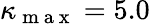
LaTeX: \kappa_{\mathrm{~m~a~x~}}=5.0